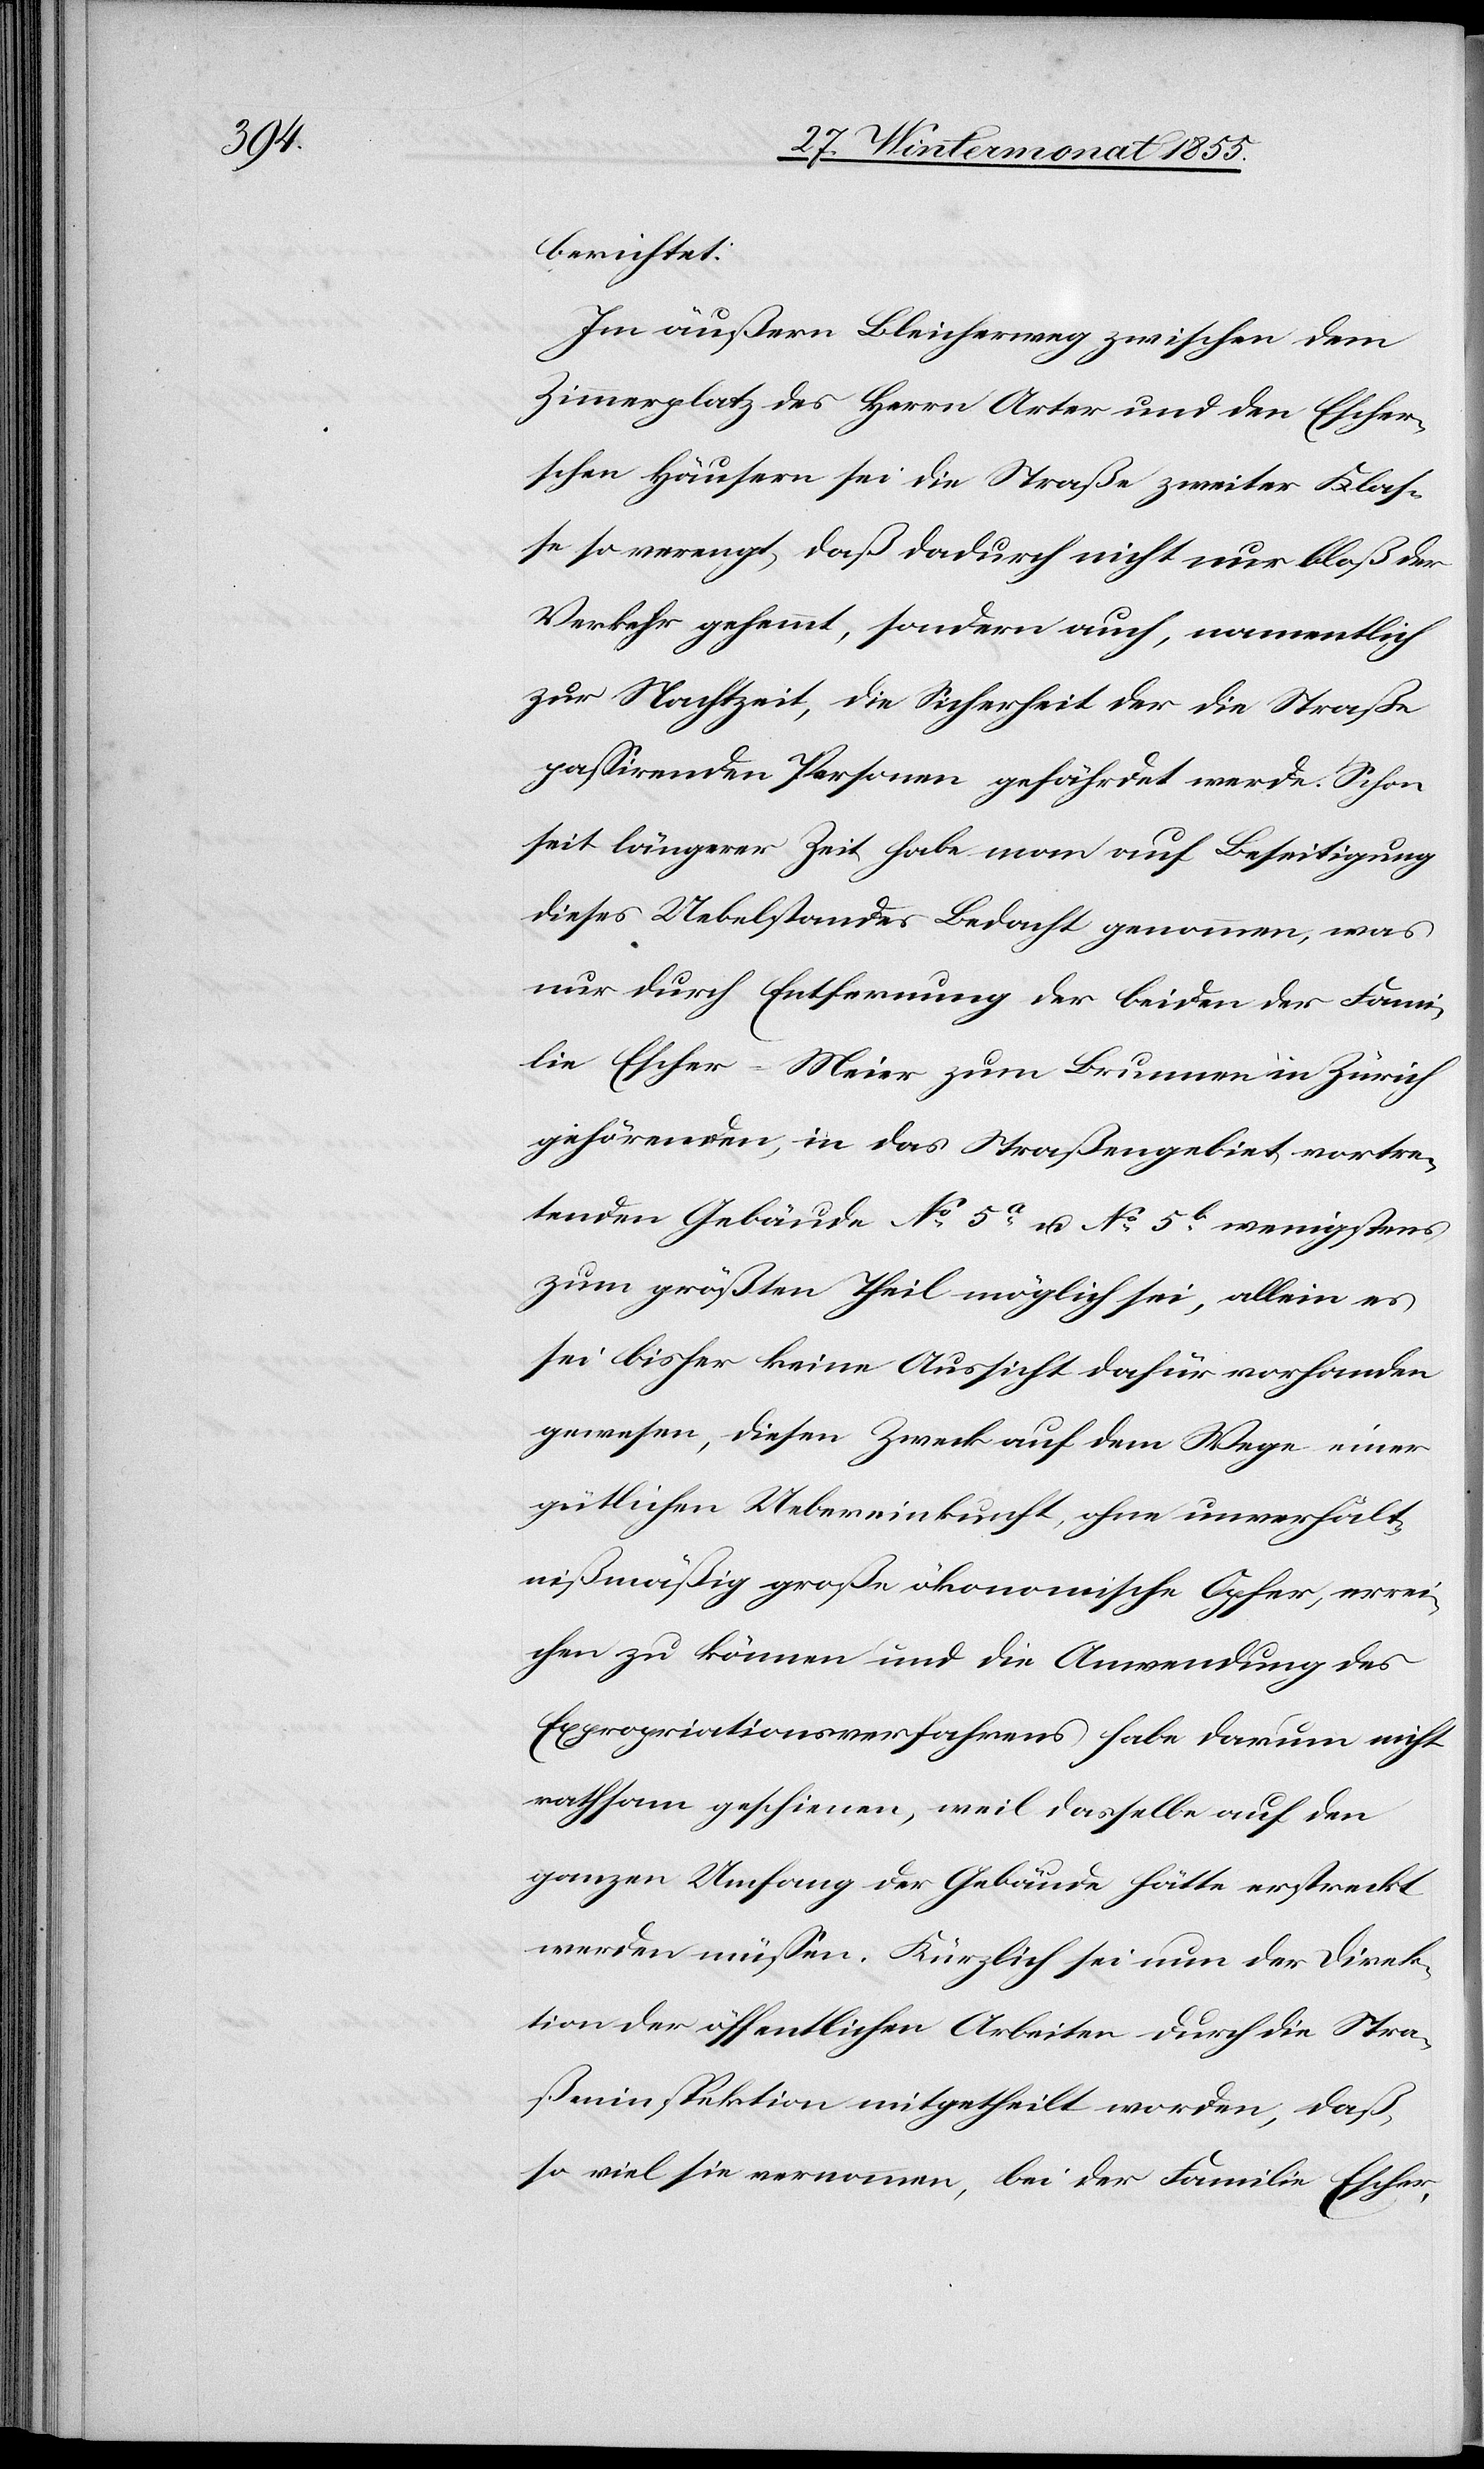
berichtet:
Im äußern Bleicherweg zwischen dem
Zimmerplatz des Herrn Arter und den Escher¬
schen Häusern sei die Straße zweiter Klas¬
se so verengt, daß dadurch nicht nur bloß der
Verkehr gehemmt, sondern auch, namentlich
zur Nachtzeit, die Sicherheit der die Straße
passirenden Personen gefährdet werde. Schon
seit längerer Zeit habe man auf Beseitigung
dieses Uebelstandes Bedacht genommen, was
nur durch Entfernung der beiden der Fami¬
lie Escher-Meier zum Brunnen in Zürich
gehörenden, in das Straßengebiet vortre¬
tenden Gebäude No 5a u. No 5b wenigstens
zum größten Theil möglich sei, allein es
sei bisher keine Aussicht dafür vorhanden
gewesen, diesen Zweck auf dem Wege einer
gütlichen Uebereinkunft, ohne unverhält¬
nißmäßig große ökonomische Opfer, errei¬
chen zu können und die Anwendung des
Expropriationsverfahrens habe darum nicht
rathsam geschienen, weil dasselbe auf den
ganzen Umfang der Gebäude hätte erstreckt
werden müssen. Kürzlich sei nun der Direk¬
tion der öffentlichen Arbeiten durch die Stra¬
ßeninspektion mitgetheilt worden, daß,
so viel sie vernommen, bei der Familie Escher,